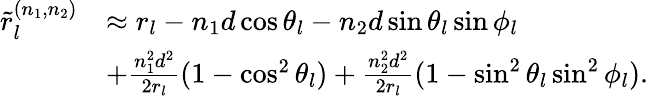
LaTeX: \begin{array}{rl}{{\widetilde{r}}_{l}^{(n_{1},n_{2})}}&{\approx r_{l}-n_{1}d\cos\theta_{l}-n_{2}d\sin\theta_{l}\sin\phi_{l}}\\ &{+\frac{n_{1}^{2}d^{2}}{2r_{l}}(1-\cos^{2}\theta_{l})+\frac{n_{2}^{2}d^{2}}{2r_{l}}(1-\sin^{2}\theta_{l}\sin^{2}\phi_{l}).}\end{array}